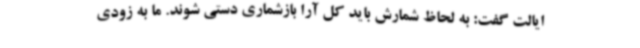
ایالت گفت: به لحاظ شمارش باید کل آرا بازشماری دستی شوند. ما به زودی